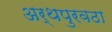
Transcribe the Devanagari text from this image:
अर्थपुरवठा